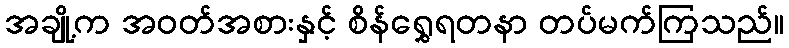
အချို့က အဝတ်အစားနှင့် စိန်ရွှေရတနာ တပ်မက်ကြသည်။